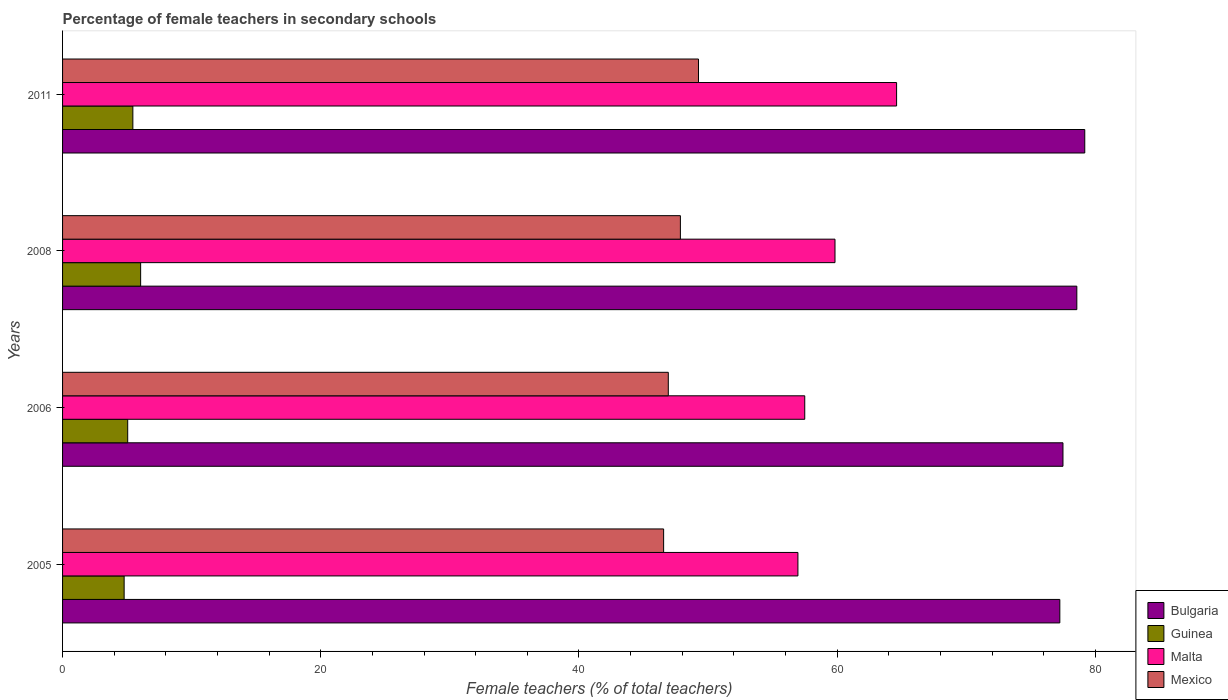
| Years | Bulgaria | Guinea | Malta | Mexico |
 | --- | --- | --- | --- | --- |
 | 2005 | 77.2 | 4.77 | 57 | 46.6 |
 | 2006 | 77.5 | 5.05 | 57.5 | 46.9 |
 | 2008 | 78.6 | 6.05 | 59.8 | 47.9 |
 | 2011 | 79.2 | 5.44 | 64.6 | 49.3 |